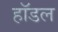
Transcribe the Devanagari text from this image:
हॉडल